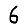
Digit: 6